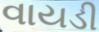
વાયડી